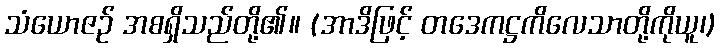
သံယောဇဉ် အစရှိသည်တို့၏။ (အာဒိဖြင့် တဒေကဋ္ဌကိလေသာတို့ကိုယူ၊)